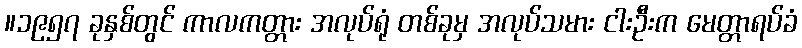
။၁၉၅၇ ခုနှစ်တွင် ကာလကတ္တား အလုပ်ရုံ တစ်ခုမှ အလုပ်သမား ငါးဦးက မေတ္တာရပ်ခံ